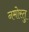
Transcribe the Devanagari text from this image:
नमोस्तु